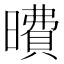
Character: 曊